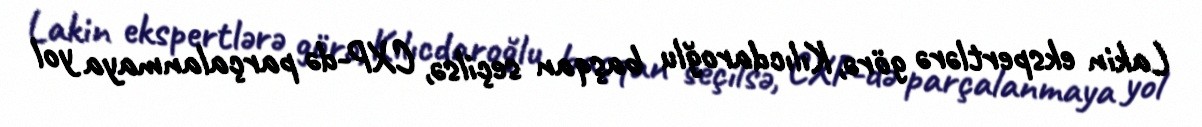
Lakin ekspertlərə görə, Kılıcdaroğlu başqan seçilsə, CXP-də parçalanmaya yol